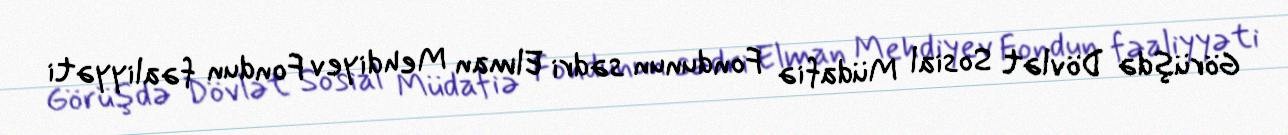
Görüşdə Dövlət Sosial Müdafiə Fondunun sədri Elman Mehdiyev Fondun fəaliyyəti